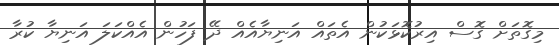
މިގޮތަށް ގޮސް އިރުކޮޅަކުން އެތައް އަނިޔާއެއް ދޭ ފަހުން އެއްކަލަ އަނިޔާ ކުރާ